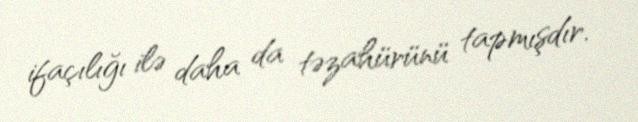
ifaçılığı ilə daha da təzahürünü tapmışdır.